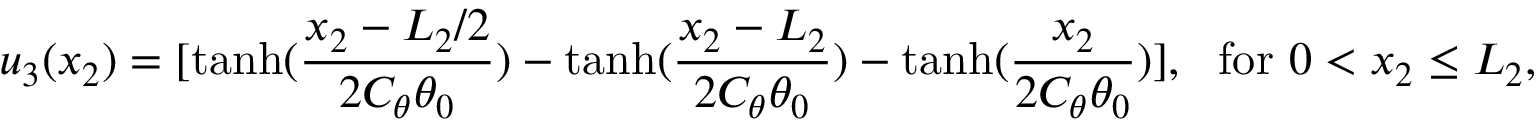
u _ { 3 } ( x _ { 2 } ) = [ \mathrm { t a n h } ( \frac { x _ { 2 } - L _ { 2 } / 2 } { 2 C _ { \theta } \theta _ { 0 } } ) - \mathrm { t a n h } ( \frac { x _ { 2 } - L _ { 2 } } { 2 C _ { \theta } \theta _ { 0 } } ) - \mathrm { t a n h } ( \frac { x _ { 2 } } { 2 C _ { \theta } \theta _ { 0 } } ) ] , ~ ~ \mathrm { f o r } ~ 0 < x _ { 2 } \leq L _ { 2 } ,